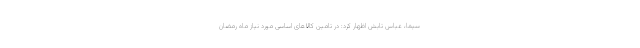
سیما، عباس تابش اظهار کرد: در تامین کالاهای اساسی مورد نیاز ماه رمضان